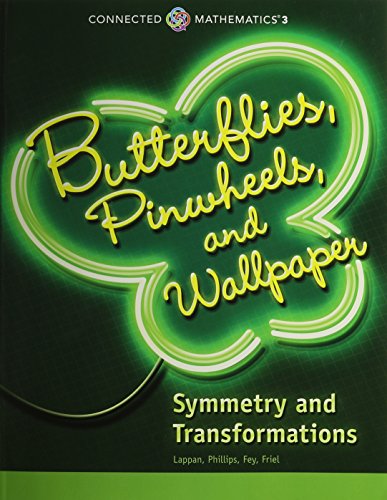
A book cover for CONNECTED MATHEMATICS 3 STUDENT EDITION GRADE 8 BUTTERFLIES PINWHEELS   AND WALLPAPER: SYMMETRY AND TRANSFORMATIONS COPYRIGHT 2014; PRENTICE HALL; Science & Math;